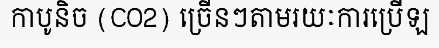
កាបូនិច (CO2) ច្រើនៗតាមរយៈការប្រើឡ